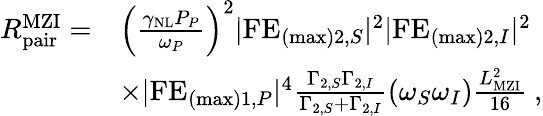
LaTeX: \begin{array}{rl}{R_{\mathrm{pair}}^{\mathrm{MZI}}=}&{\left(\frac{\gamma_{\mathrm{NL}}P_{P}}{\omega_{P}}\right)^{2}|\mathrm{FE}_{(\mathrm{max})2,S}|^{2}|\mathrm{FE}_{(\mathrm{max})2,I}|^{2}}\\ &{\times|\mathrm{FE}_{(\mathrm{max})1,P}|^{4}\frac{\Gamma_{2,S}\Gamma_{2,I}}{\Gamma_{2,S}+\Gamma_{2,I}}\left(\omega_{S}\omega_{I}\right)\frac{L_{\mathrm{MZI}}^{2}}{16}\ ,}\end{array}